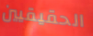
الحقيقيين